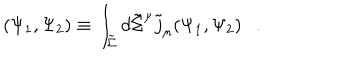
( \Psi _ { 1 } , \Psi _ { 2 } ) \equiv \int _ { \tilde { \Sigma } } d \tilde { \Sigma } ^ { \mu } \tilde { j } _ { \mu } ( \Psi _ { 1 } , \Psi _ { 2 } ) .